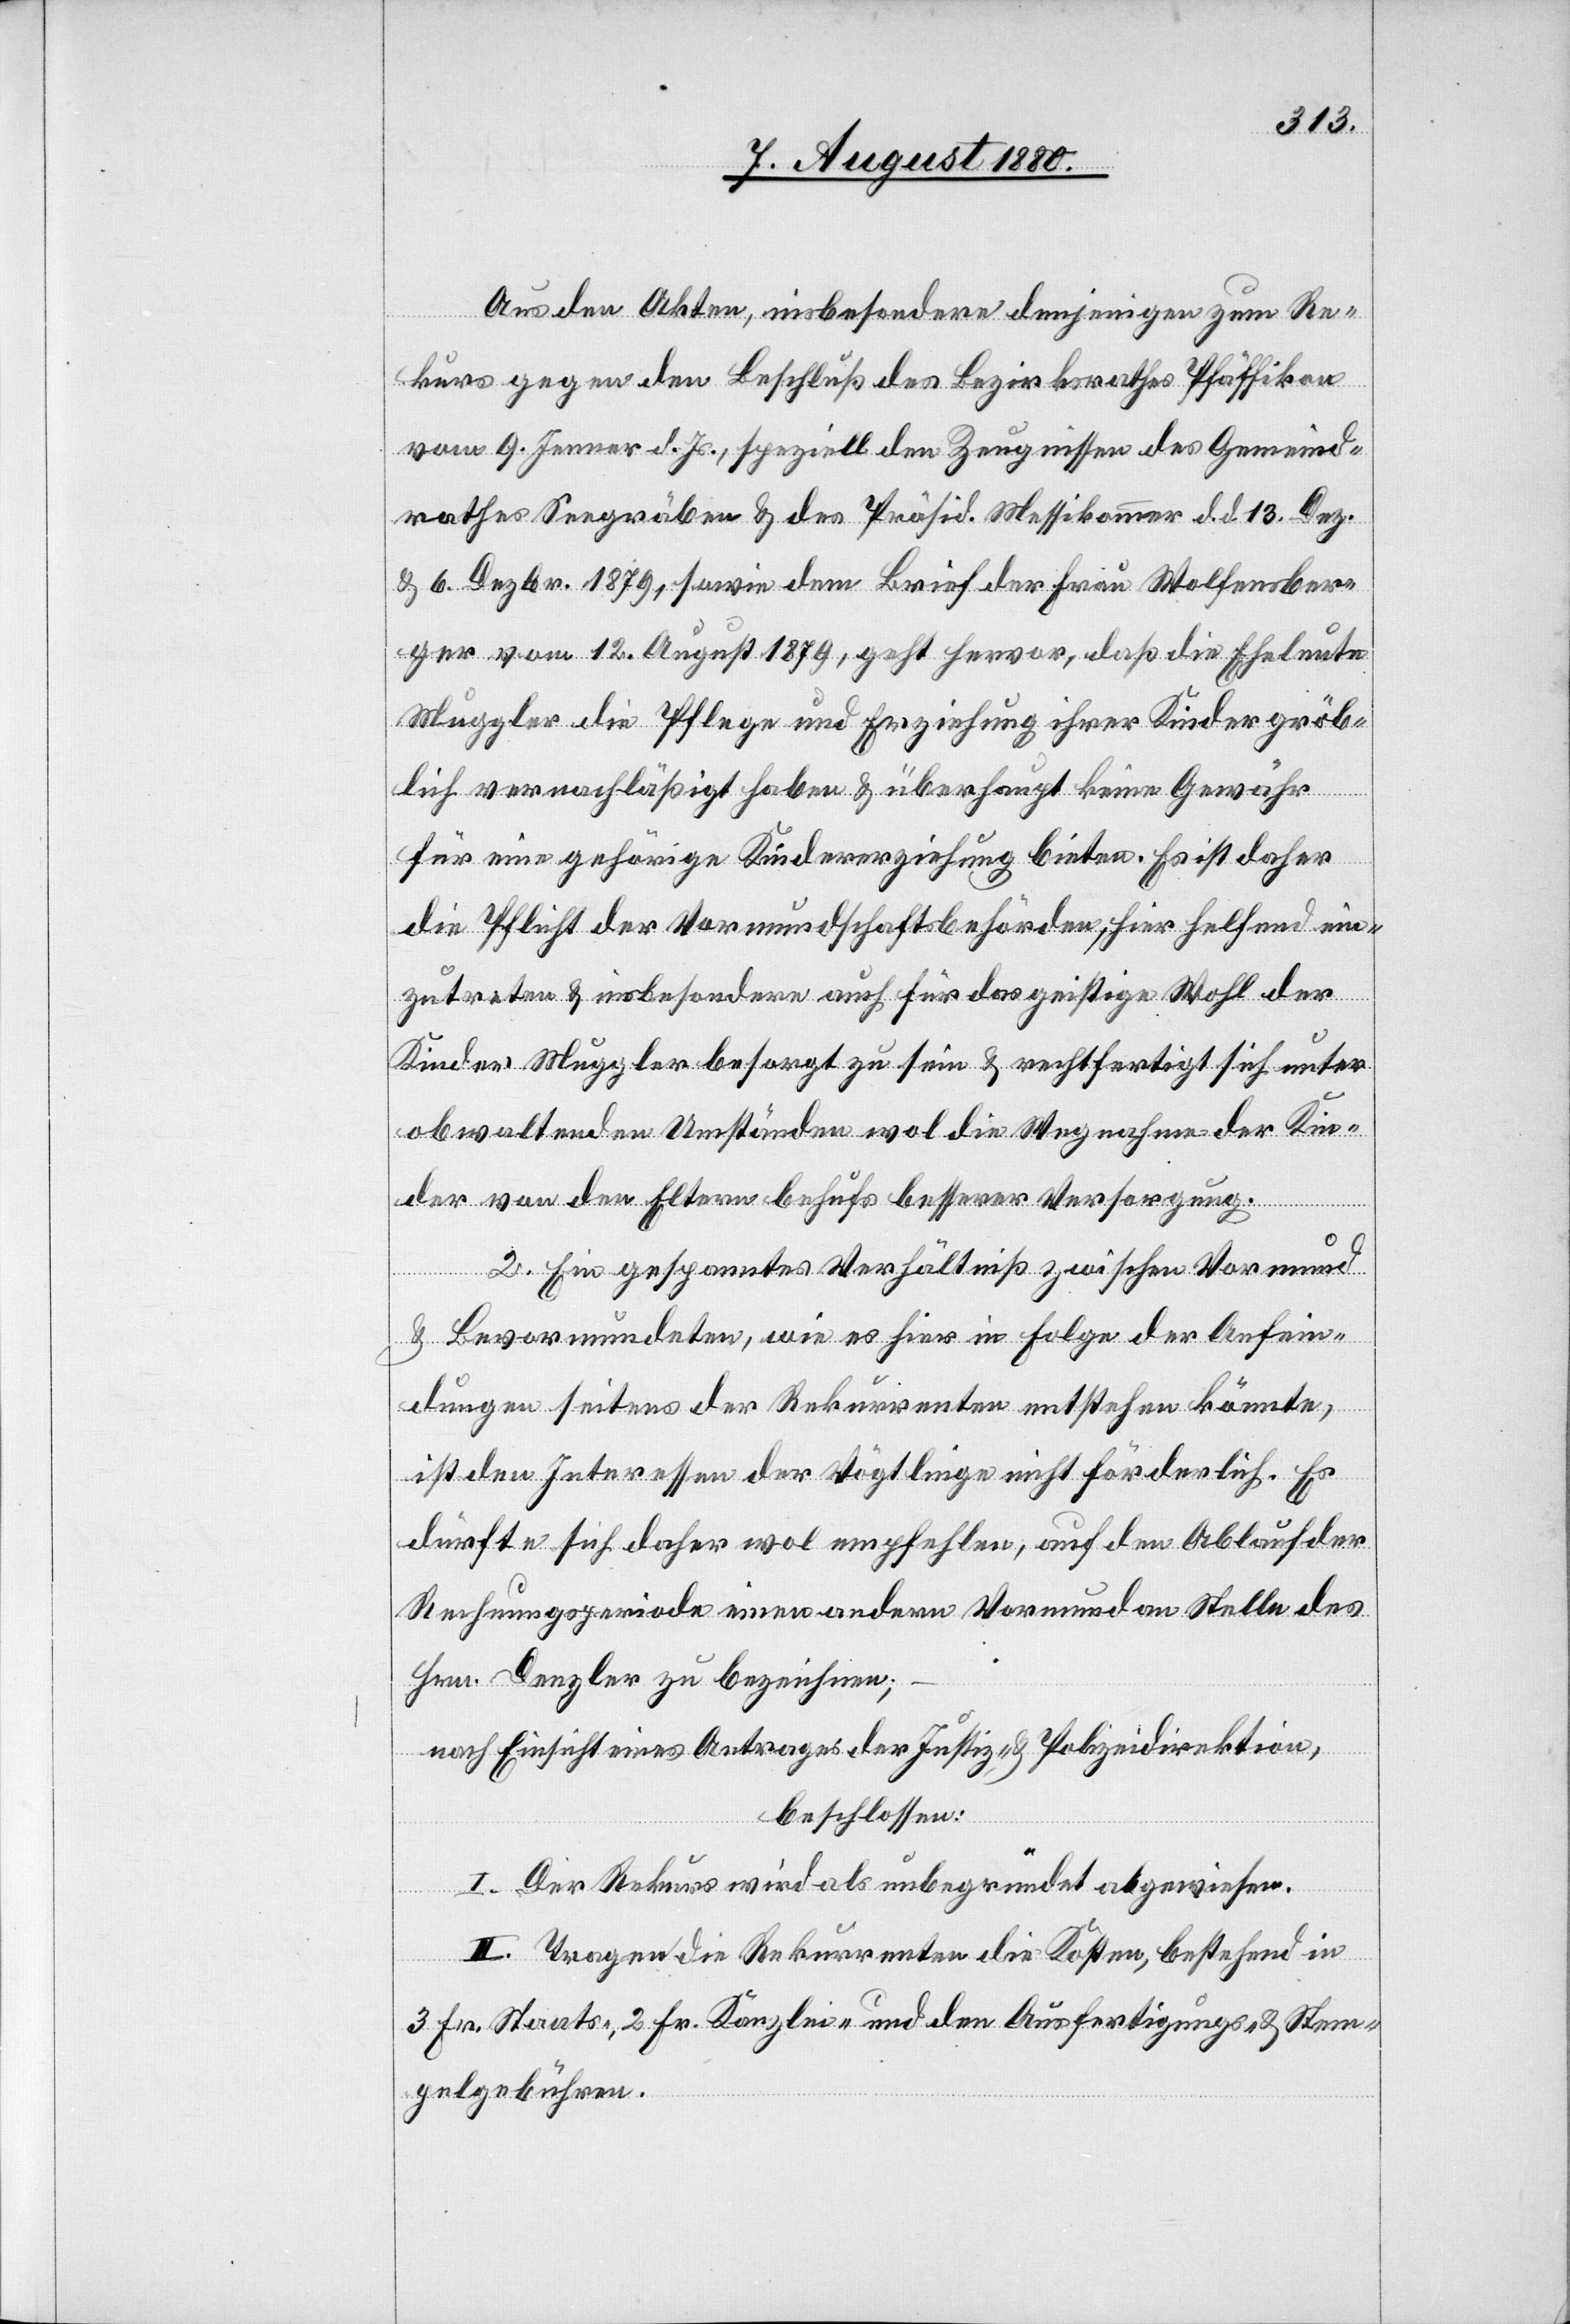
Aus den Akten, insbesondere denjenigen zum Re¬
kurs gegen den Beschluß des Bezirksrathes Pfäffikon
vom 9. Jenner d. Js., speziell den Zeugnissen des Gemeind¬
rathes Seegräben & des Präsid. Messikommer d. d. 13. Dez
& 6. Dezbr. 1879, sowie dem Brief der Frau Wolfensber¬
ger vom 12. August 1879, geht hervor, daß die Eheleute
Muggler die Pflege und Erziehung ihrer Kinder gröb¬
lich vernachläßigt haben & überhaupt keine Gewähr
für eine gehörige Kindererziehung bieten. Es ist daher
die Pflicht der Vormundschaftsbehörden, hier helfend ein¬
zutreten & insbesondere auch für das geistige Wohl der
Kinder Muggler besorgt zu sein & rechtfertigt sich unter
obwaltenden Umständen wol die Wegnahme der Kin¬
der von den Eltern behufs besserer Versorgung.
2. Ein gespanntes Verhältniß zwischen Vormund
& Bevormundeten, wie es hier in Folge der Anfein¬
dungen seitens der Rekurrenten entstehen könnte,
ist den Interessen der Vögtlinge nicht förderlich. Es
dürfte sich daher wol empfehlen, auf den Ablauf der
Rechnungsperiode einen andern Vormund an Stelle des
Hrn. Denzler zu bezeichnen;
nach Einsicht eines Antrages der Justiz- & Polizeidirektion,
beschlossen:
I. Der Rekurs wird als unbegründet abgewiesen.
II. Tragen die Rekurrenten die Kosten, bestehend in
3 Fr. Staats-, 2 Fr. Kanzlei- und den Ausfertigungs- & Stem¬
pelgebühren.